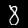
Label: 8